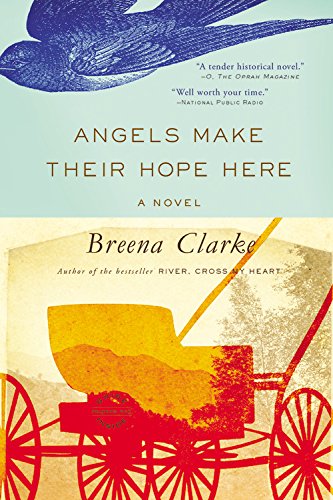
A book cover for Angels Make Their Hope Here; Breena Clarke; Literature & Fiction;